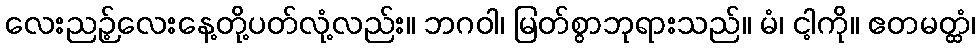
လေးညဉ့်လေးနေ့တို့ပတ်လုံ့လည်း။ ဘဂဝါ၊ မြတ်စွာဘုရားသည်။ မံ၊ ငါ့ကို။ ဧတမတ္ထံ၊